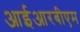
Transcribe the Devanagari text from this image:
आईआरबीएम